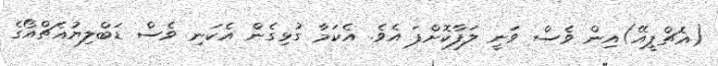
(އެޗްޕީއޭ)އިން ވެސް ވަނީ ލަފާކޮށްފަ އެވެ. އެކަމާ ގުޅިގެން އެކަނި ވެސް ޑަބްލިޔުއެޗްއޯގެ